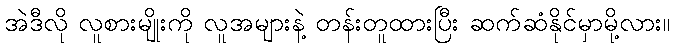
အဲဒီလို လူစားမျိုးကို လူအများနဲ့ တန်းတူထားပြီး ဆက်ဆံနိုင်မှာမို့လား။